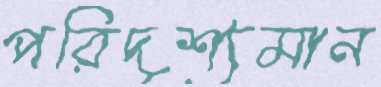
পরিদৃশ্যমান